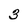
Character: 3